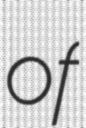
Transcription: of